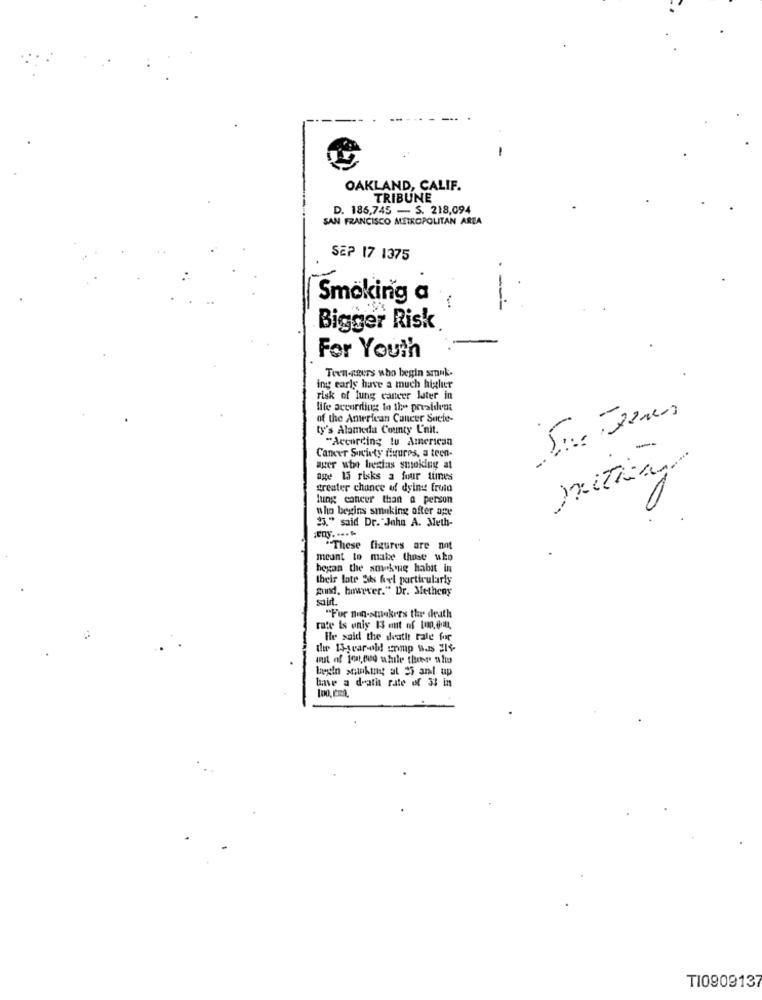
OAKLAND, CALIF.
TRIBUNE
D. 186,745 - S. 218,094
SAN FRANCISCO METROPOLITAN AREA
SEP 17 1375
Smoking a
-
Bigger Risk
For Youth
Teen-agers who begin smuk.
ing early have a much higher
risk of lung cancer later in
life according to the president
of the American Cancer Socle-
ty's Alameda County Unit.
"According tu American
Cancer Society figures, a teen-
ager ute bestas smoking at
age 13 risks a four times
greater chance of dying fruto
lung cancer than a person
who begins smuking after age
25." said Dr. John A. Meth-
These figures are not
meant to mabe those who
began the smoking habit in
their late Sibs hel particularly
gund. however." Dr. Metheny
"For non-smokers the death
rate is only 13 out of [un, em,
Ile said the death tale for
unit of 101,000 while theer alo
have a death rate of 33 in
TI0909137